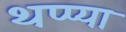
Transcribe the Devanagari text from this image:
थप्प्या